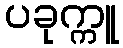
ပခုက္ကူ